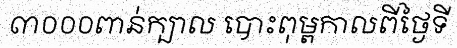
៣០០០ពាន់ក្បាល បោះពុម្ពកាលពីថ្ងៃទី